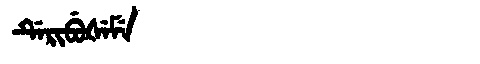
Manchu: ᡩᡝᡵᡳᠪᡠᡧᡝᠮᡝ
Romanization: DERIBUŠEME